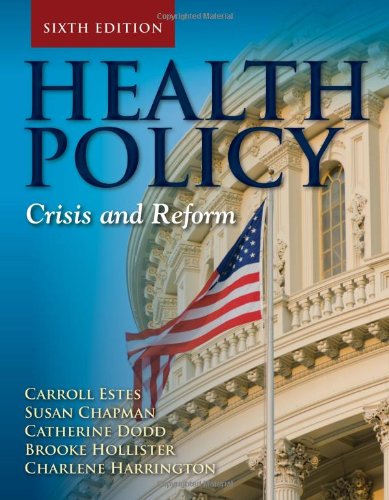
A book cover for Health Policy: Crisis and Reform; Carroll L. Estes; Medical Books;